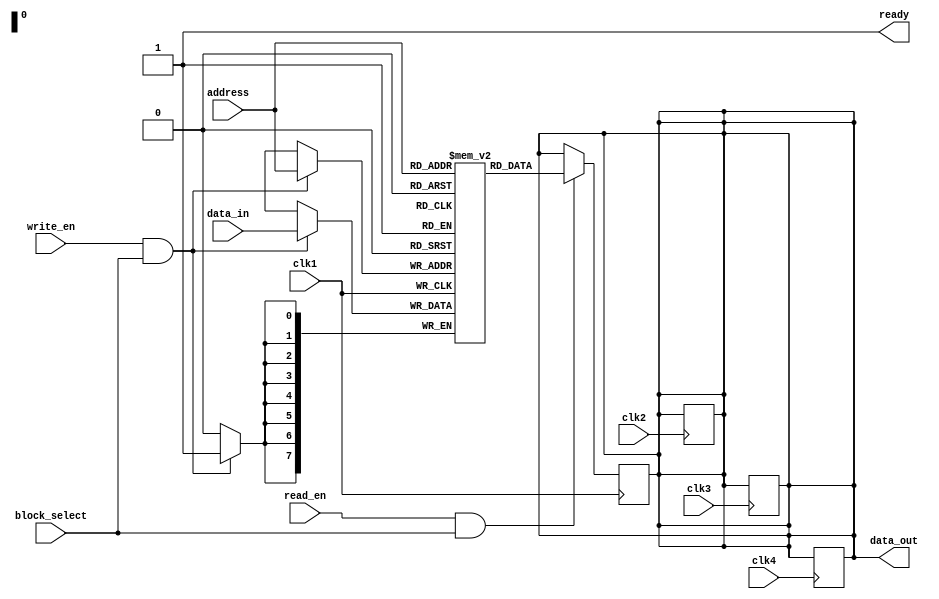
module QDR_SRAM (
  input wire clk1,
  input wire clk2,
  input wire clk3,
  input wire clk4,
  input wire [7:0] address,
  input wire [7:0] data_in,
  output wire [7:0] data_out,
  input wire write_en,
  input wire read_en,
  input wire block_select,
  output reg ready
);

reg [7:0] mem_block_1 [0:255];
reg [7:0] mem_block_2 [0:255];
reg [7:0] mem_block_3 [0:255];
reg [7:0] mem_block_4 [0:255];

always @(posedge clk1) begin
  if (write_en && block_select == 1)
    mem_block_1[address] <= data_in;
  if (read_en && block_select == 1)
    data_out <= mem_block_1[address];
end

always @(posedge clk2) begin
  if (write_en && block_select == 2)
    mem_block_2[address] <= data_in;
  if (read_en && block_select == 2)
    data_out <= mem_block_2[address];
end

always @(posedge clk3) begin
  if (write_en && block_select == 3)
    mem_block_3[address] <= data_in;
  if (read_en && block_select == 3)
    data_out <= mem_block_3[address];
end

always @(posedge clk4) begin
  if (write_en && block_select == 4)
    mem_block_4[address] <= data_in;
  if (read_en && block_select == 4)
    data_out <= mem_block_4[address];
end

assign ready = 1'b1; // Assume always ready for simplicity

endmodule